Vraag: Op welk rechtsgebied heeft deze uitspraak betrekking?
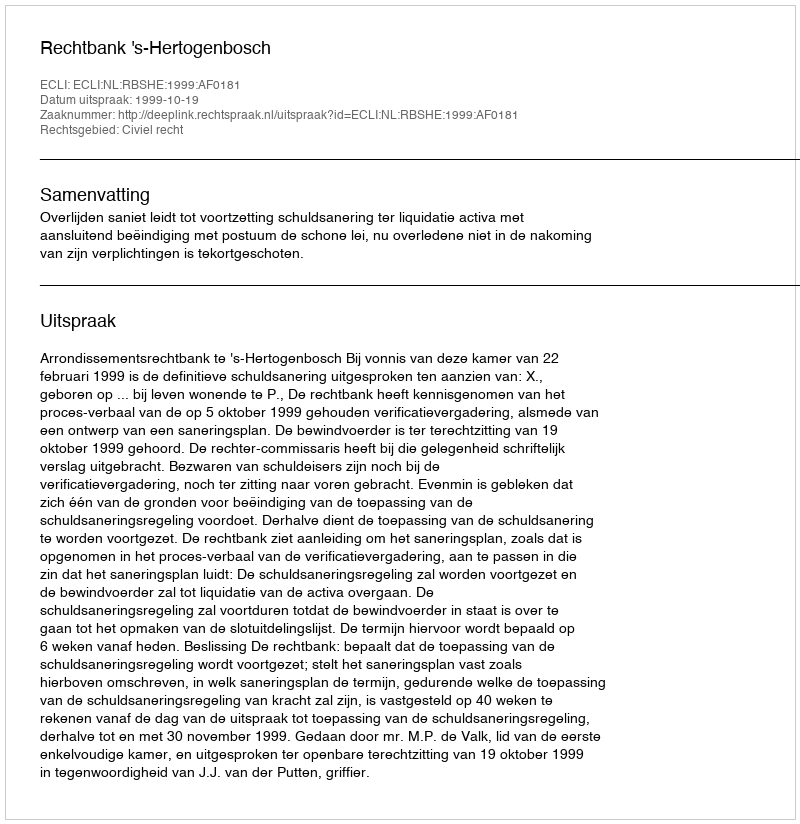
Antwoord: Civiel recht